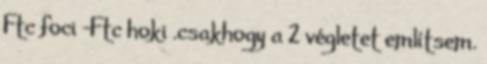
Ftc foci -Ftc hoki .csakhogy a 2 végletet említsem.